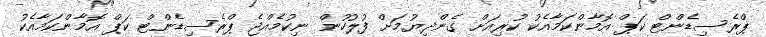
ޕްރެސިޑެންޓް ކަޕް އޮމާންކަމާއެކު ކުރިއަށް ގެންދިޔުމަށް ފުލުހުން ނިކުމެއްޖެ ޕްރެސިޑެންޓް ކަޕް އޮމާންކަމާއެކު